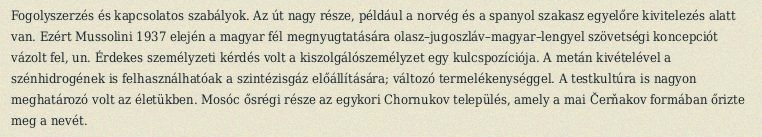
Fogolyszerzés és kapcsolatos szabályok. Az út nagy része, például a norvég és a spanyol szakasz egyelőre kivitelezés alatt van. Ezért Mussolini 1937 elején a magyar fél megnyugtatására olasz–jugoszláv–magyar–lengyel szövetségi koncepciót vázolt fel, un. Érdekes személyzeti kérdés volt a kiszolgálószemélyzet egy kulcspozíciója. A metán kivételével a szénhidrogének is felhasználhatóak a szintézisgáz előállítására; változó termelékenységgel. A testkultúra is nagyon meghatározó volt az életükben. Mosóc ősrégi része az egykori Chornukov település, amely a mai Čerňakov formában őrizte meg a nevét.